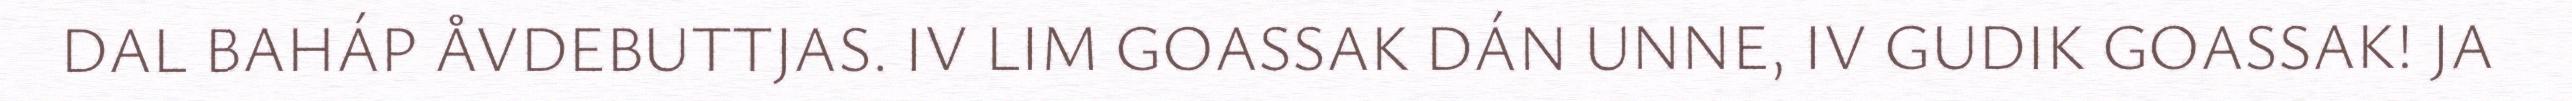
DAL BAHÁP ÅVDEBUTTJAS. IV LIM GOASSAK DÁN UNNE, IV GUDIK GOASSAK! JA